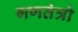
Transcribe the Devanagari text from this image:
गणतंत्रो